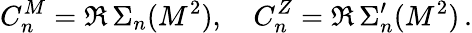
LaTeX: C_{n}^{M}=\Re\, \Sigma_{n}(M^{2}),\quad C_{n}^{Z}=\Re\, \Sigma_{n}^{\prime}(M^{2})\, .